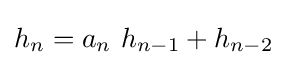
h_{n}=a_{n}\ h_{n-1}+h_{n-2}\